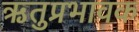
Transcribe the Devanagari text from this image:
ऋतुप्रभावक